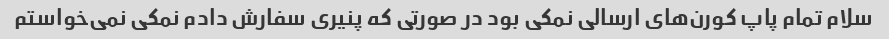
سلام تمام پاپ کورن‌های ارسالی نمکی بود در صورتی که پنیری سفارش دادم نمکی نمی‌خواستم